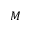
M